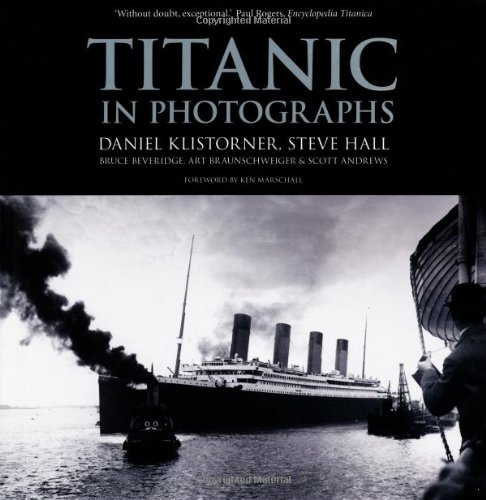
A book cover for Titanic in Photographs; Daniel Klistorner; Arts & Photography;